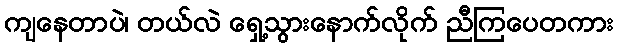
ကျနေတာပဲ၊ တယ်လဲ ရှေ့သွားနောက်လိုက် ညီကြပေတကား